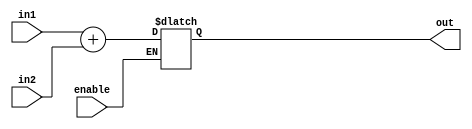
/* Might need to freeze the pc for stalls. Hence making an adder for freezing the pc */

module adder_16_with_enable (in1, in2 ,enable, out);

	output reg [15:0]  out;	
	input  [15:0] in1, in2;
	input enable;
	//assign out = in1+in2;
	
	always @( enable, in1, in2 ) begin 
	   if (enable == 1'b0) 
	     out = out;
	   else 
	     out = in1 + in2;
	end
	
endmodule